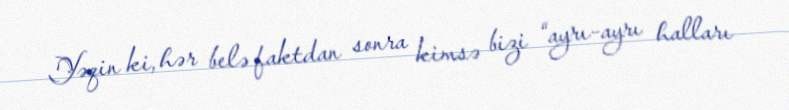
Yəqin ki, hər belə faktdan sonra kimsə bizi “ayrı-ayrı halları